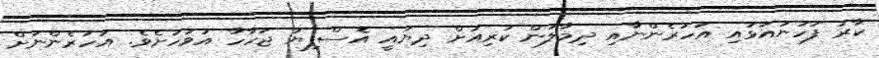
ކާރު ފަހަނައަޅައި އަހަރެންނާއި ދިމާލުން ކުރިއަށް ދިޔައީ އެސްފިޔަ ޖަހާހާ އަވަހަށެވެ. އަހަރެންނަށް